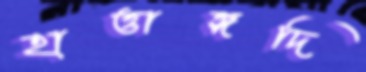
হাত্তাঙ্গদি